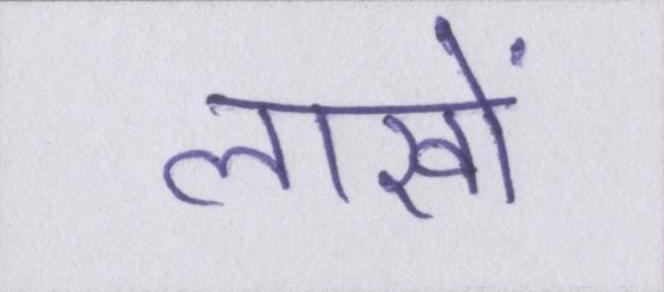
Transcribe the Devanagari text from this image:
लाखों